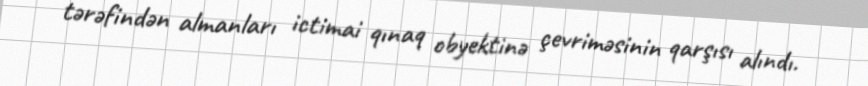
tərəfindən almanları ictimai qınaq obyektinə çevriməsinin qarşısı alındı.